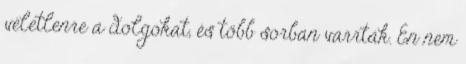
véletlenre a dolgokat, és több sorban varrták. Én nem